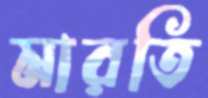
মারতি